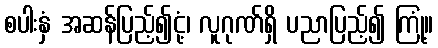
စပါးနှံ အဆန်ပြည့်၍ငုံ့၊ လူဂုဏ်ရှိ ပညာပြည့်၍ ကြုံ့။